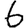
Digit: 6